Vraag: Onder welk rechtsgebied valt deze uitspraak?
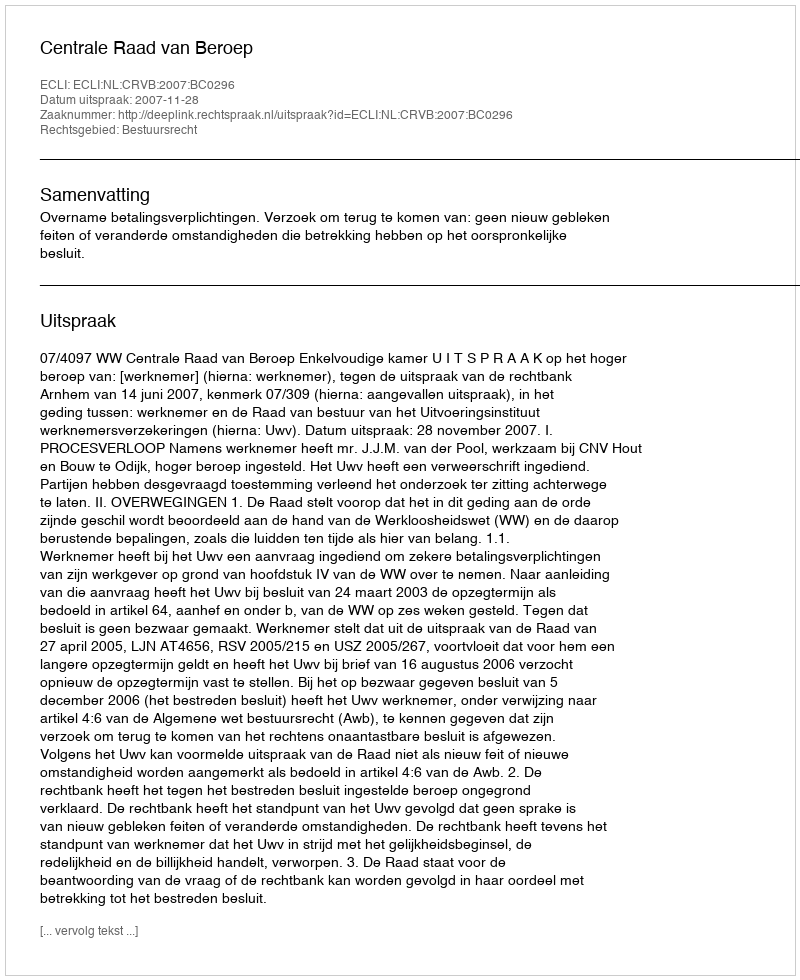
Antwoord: Bestuursrecht